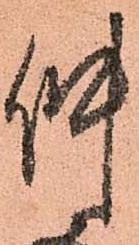
仲